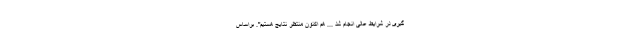
گیری در شرایط عالی انجام شد ... هم اکنون منتظر نتایج هستیم". براساس